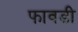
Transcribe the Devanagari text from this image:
फावडी